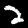
Label: 2